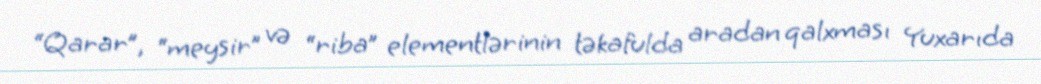
“Qarar”, “meysir” və “riba” elementlərinin təkafulda aradan qalxması Yuxarıda